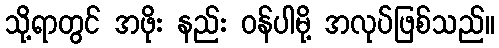
သို့ရာတွင် အဖိုး နည်း ဝန်ပါမို့ အလုပ်ဖြစ်သည်။